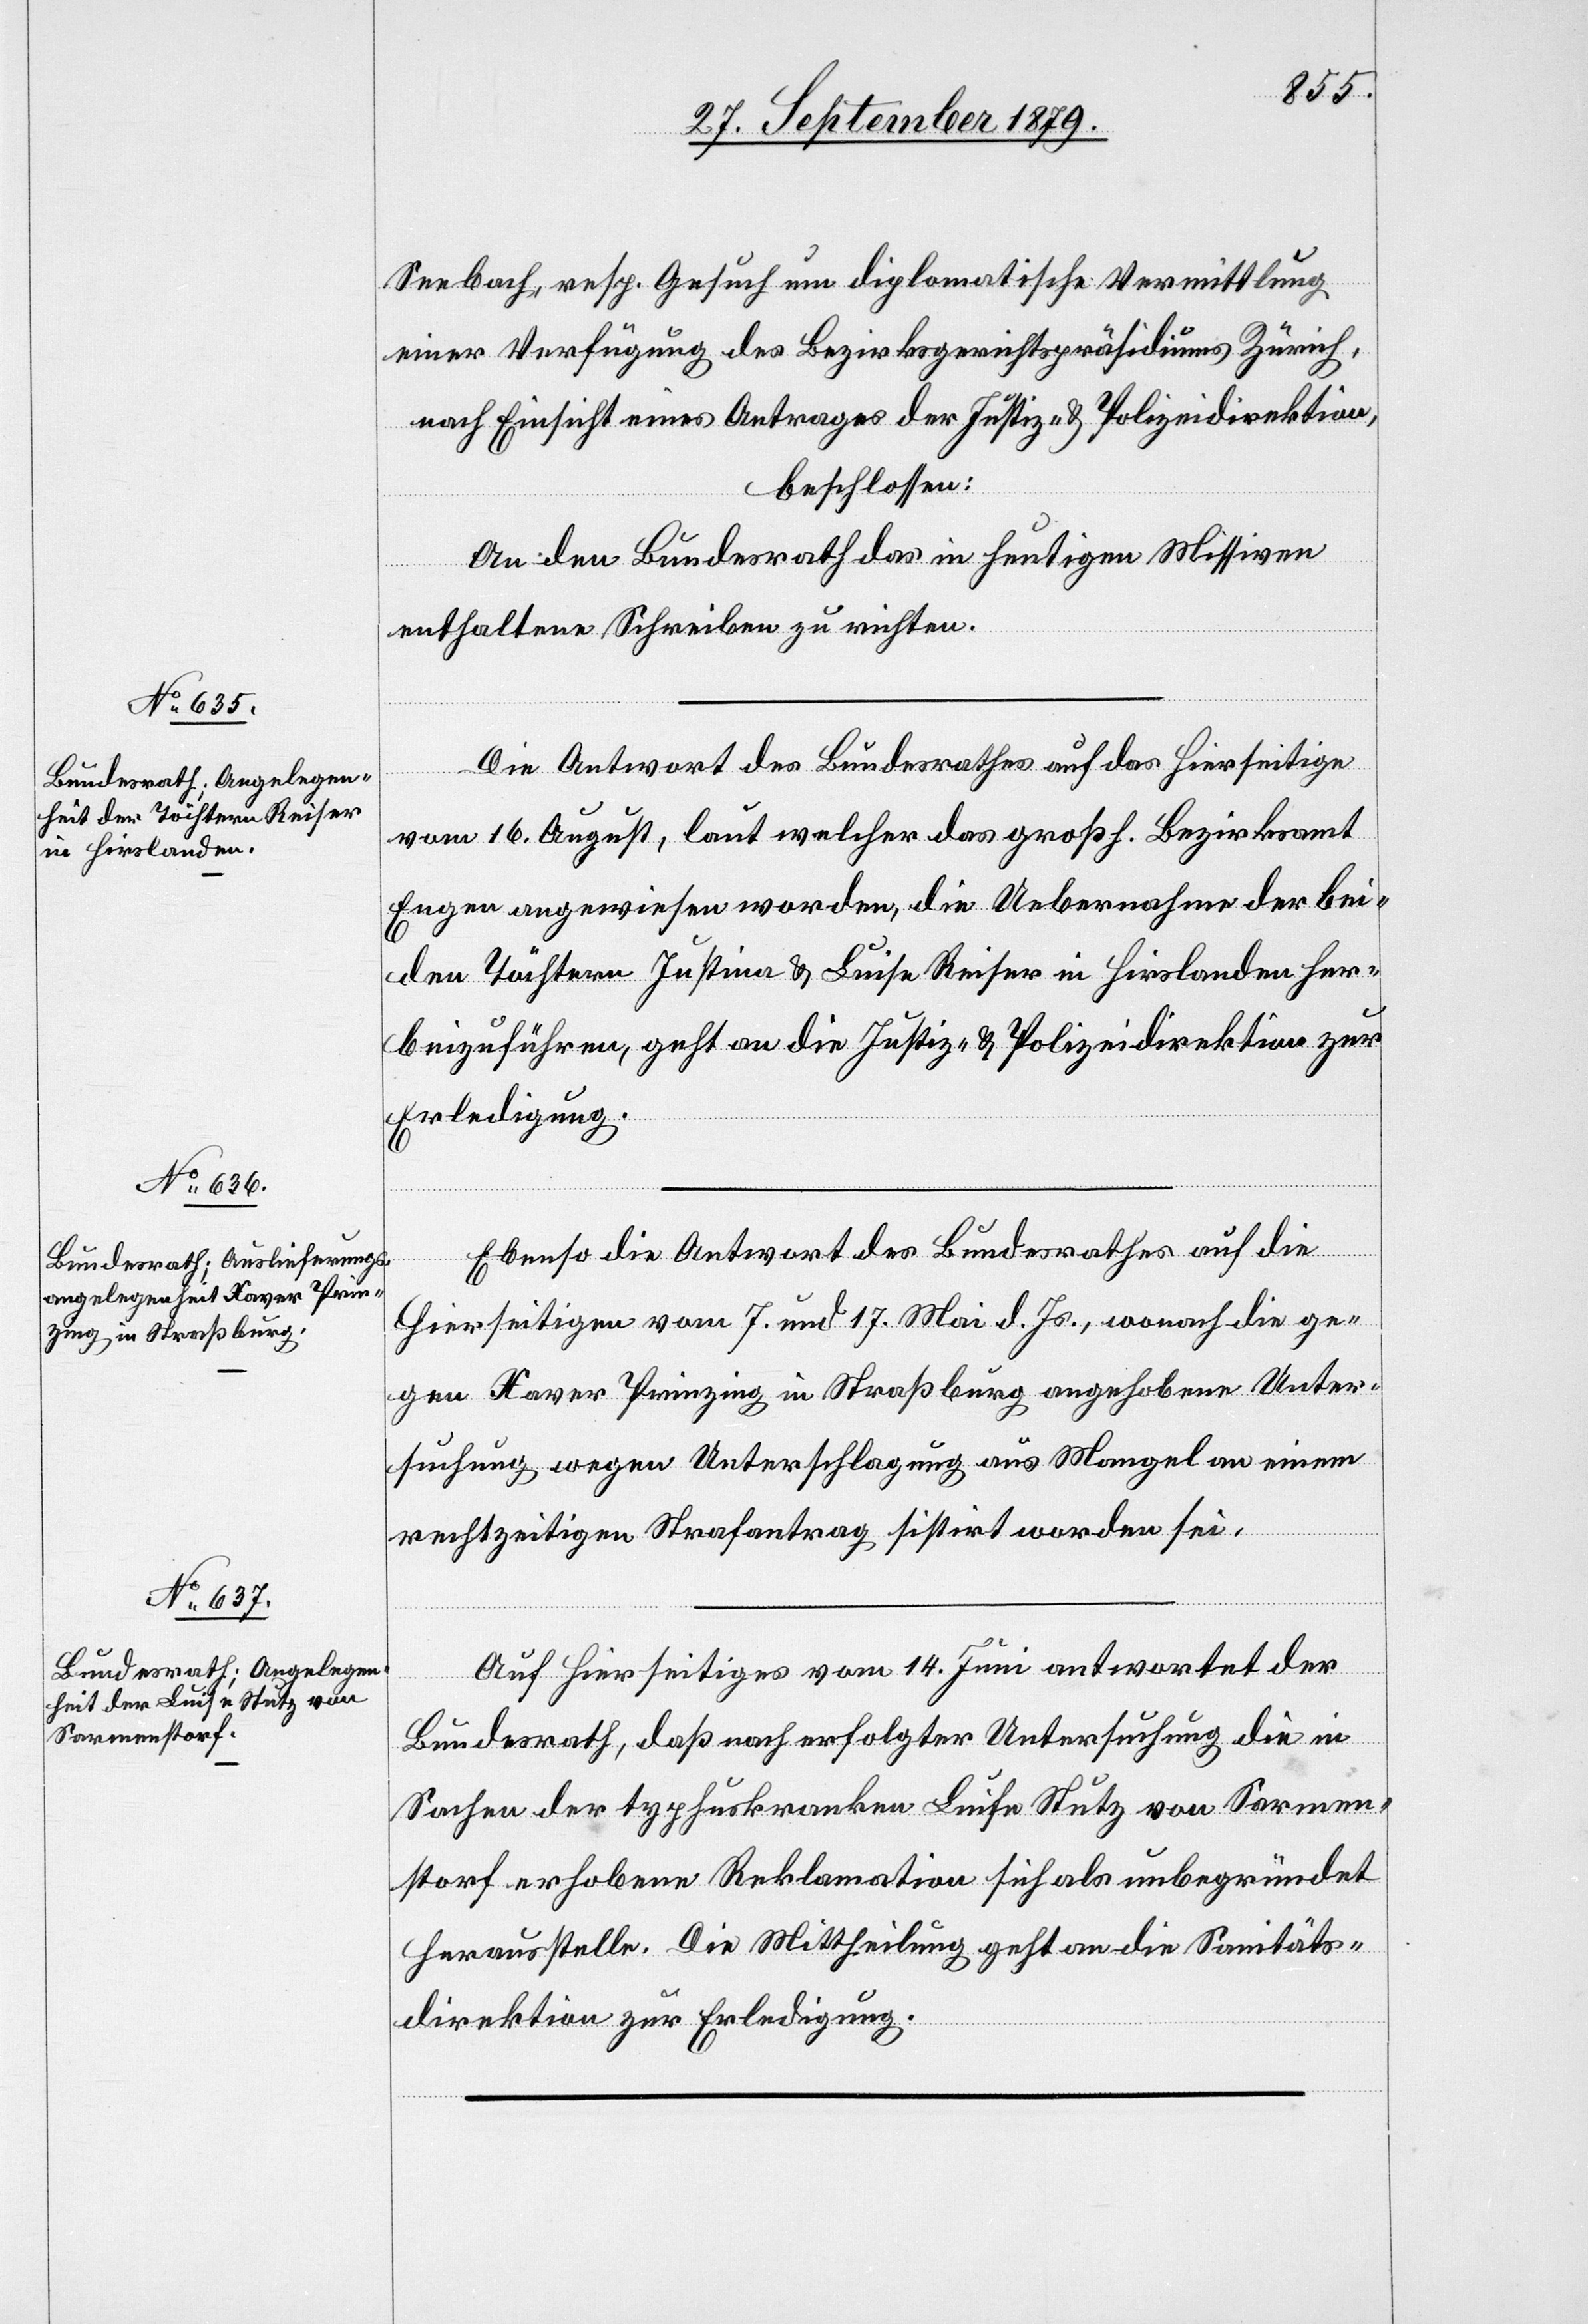
Seebach, resp. Gesuch um diplomatische Vermittlung
einer Verfügung des Bezirksgerichtspräsidiums Zürich,
nach Einsicht eines Antrages der Justiz- & Polizeidirektion,
beschlossen:
An den Bundesrath das in heutigen Missiven
enthaltene Schreiben zu richten.
Die Antwort des Bundesrathes auf das Hierseitige
03.
vom 16. August, laut welcher das großh. Bezirksamt
Engen angewiesen worden, die Uebernahme der bei¬
den Töchtern Justina & Luise Reiser in Hirslanden her¬
beizuführen, geht an die Justiz- & Polizeidirektion zur
Erledigung.
Ebenso die Antwort des Bundesrathes auf die
Hierseitigen vom 7. und 17. Mai d. Js., wonach die ge¬
gen Kaver Prinzing in Straßburg angehobene Unter¬
suchung wegen Unterschlagung aus Mangel an einem
rechtzeitigen Strafantrag sistirt worden sei.
Auf Hierseitiges vom 14. Juni antwortet der
Bundesrath, daß nach erfolgter Untersuchung die in
Sachen der Typhuskranken Luise Stutz von Sarmen¬
storf erhobene Reklamation sich als unbegründet
herausstelle. Die Mittheilung geht an die Sanitäts¬
direktion zur Erledigung.